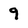
Character: 9